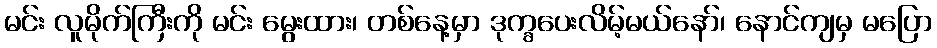
မင်း လူမိုက်ကြီးကို မင်း မွေးထား၊ တစ်နေ့မှာ ဒုက္ခပေးလိမ့်မယ်နော်၊ နောင်ကျမှ မပြော